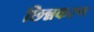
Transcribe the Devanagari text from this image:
छिन्नकरण